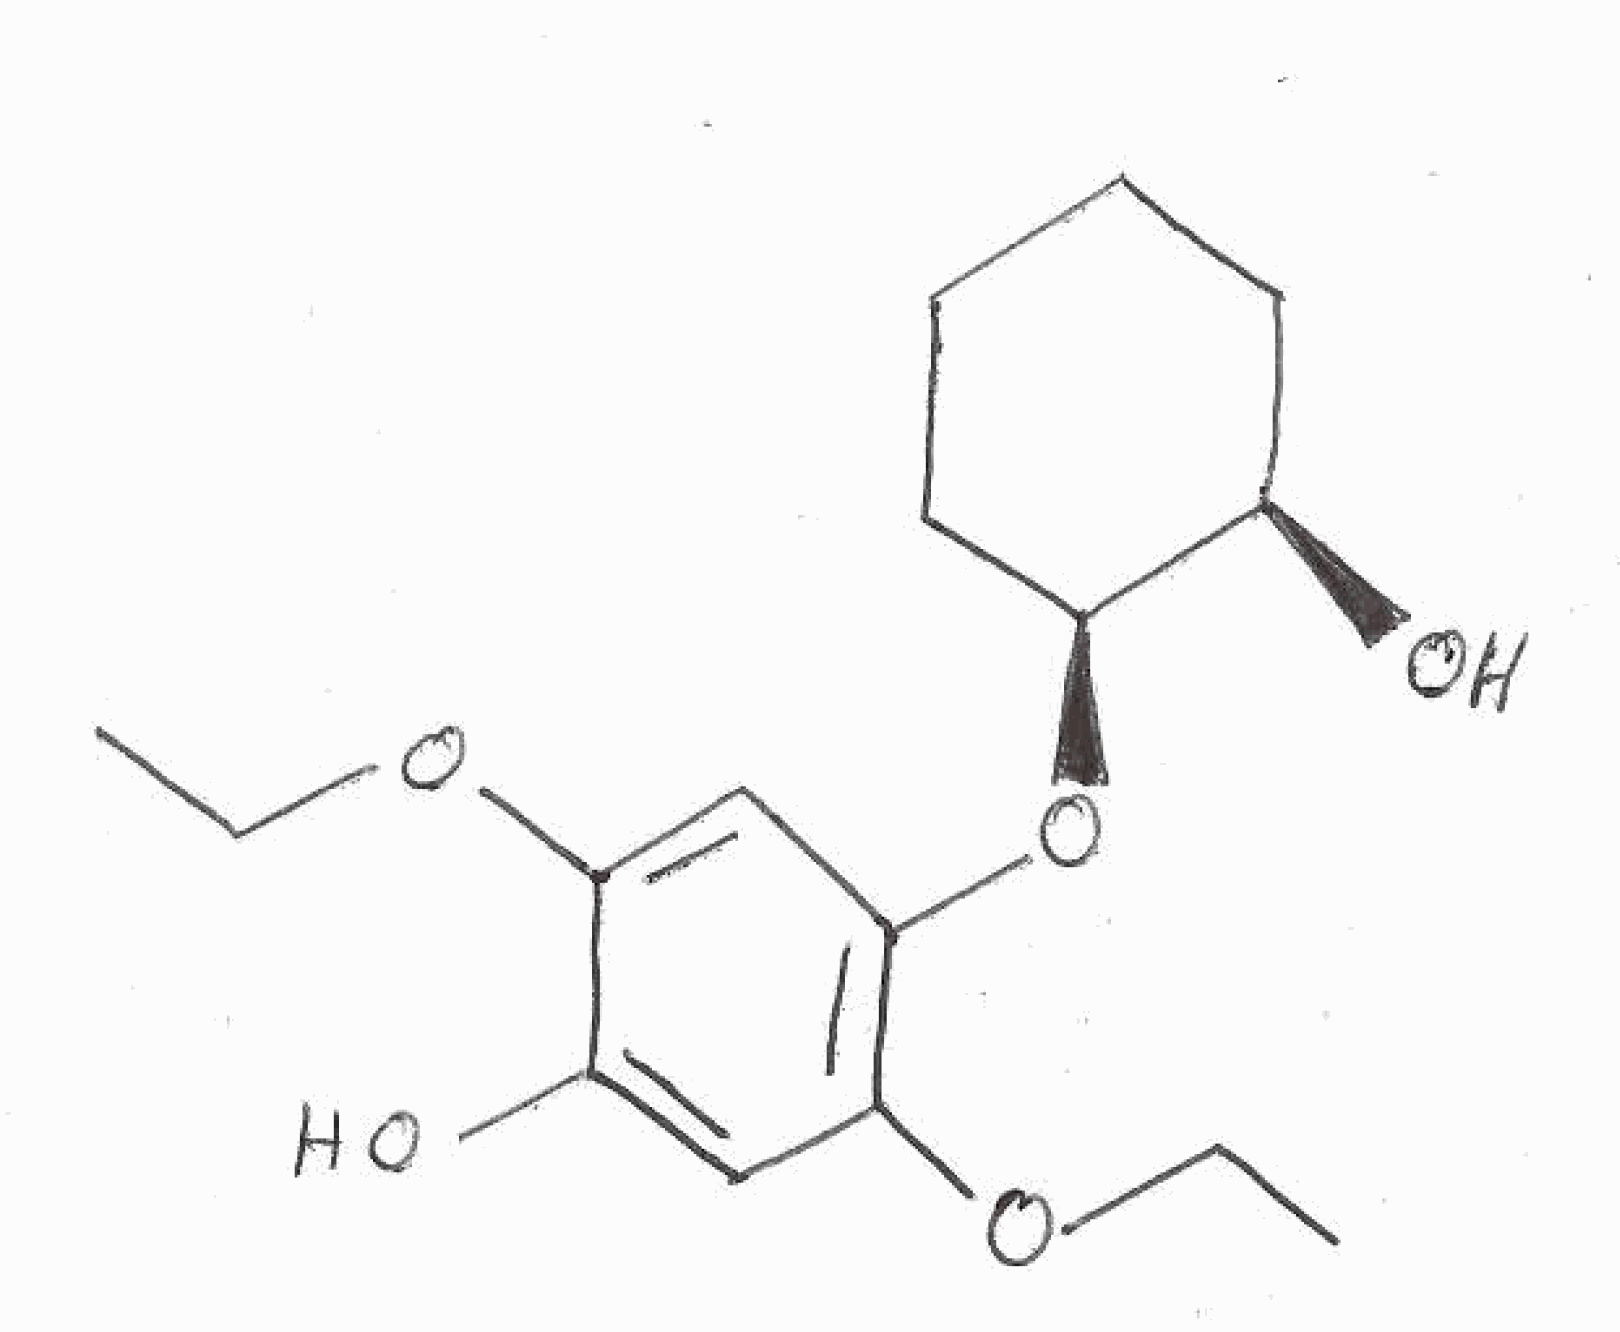
Simplified molecular-input line-entry system (SMILES) notation of the given molecule:
CCOC1=CC(=C(C=C1O)OCC)O[C@H]2CCCC[C@H]2O